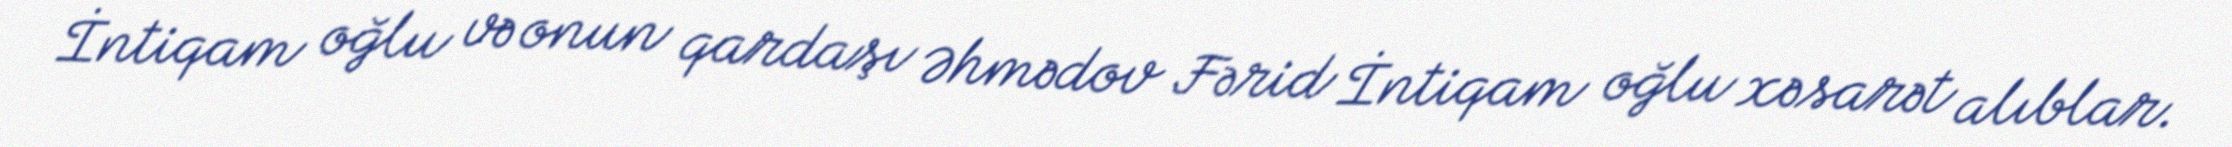
İntiqam oğlu və onun qardaşı Əhmədov Fərid İntiqam oğlu xəsarət alıblar.